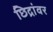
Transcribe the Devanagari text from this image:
छिद्रांवर